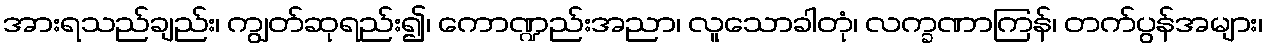
အားရသည်ချည်း၊ ကျွတ်ဆုရည်း၍၊ ကောဏ္ဍည်းအညာ၊ လူသောခါတုံ၊ လက္ခဏာကြန်၊ တက်ပွန်အများ၊